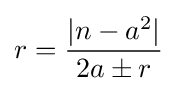
r={\frac {|n-a^{2}|}{2a\pm r}}